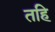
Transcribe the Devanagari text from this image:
तहि